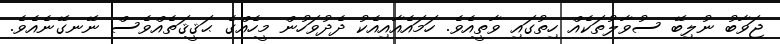
ޖަވާބު ނުލިބޭ ސުވާލުތަކެއް ހިތުގައި ވާތީއެވެ. ހަމައެއާއިއެކު ދެދުވަހުން މީހެއްގެ ޙަޤީޤަތެއްވެސް ނޭނގޭނެއެވެ.